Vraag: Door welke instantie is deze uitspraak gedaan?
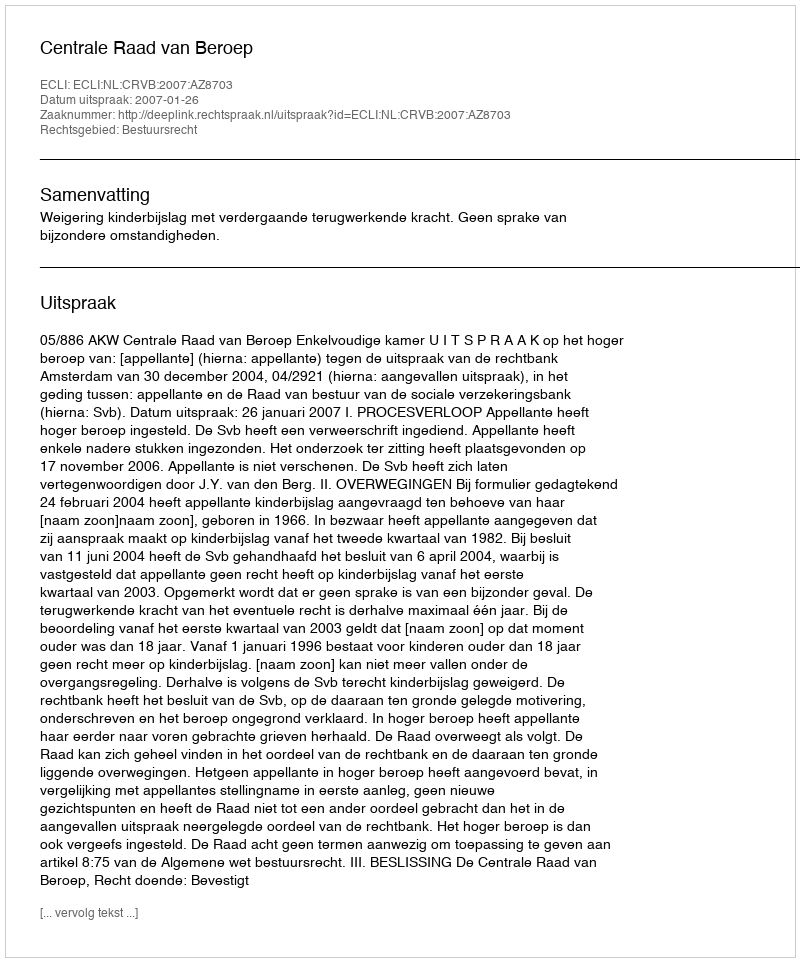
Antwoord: Centrale Raad van Beroep